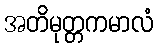
အတိမုတ္တကမာလံ